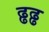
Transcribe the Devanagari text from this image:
ढ्ढढ्ढ